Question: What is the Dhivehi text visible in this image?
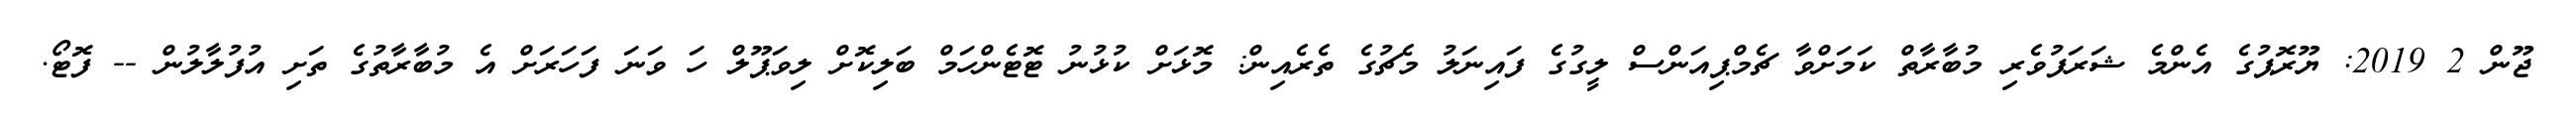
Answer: ޖޫން 2 2019: ޔޫރޮޕުގެ އެންމެ ޝަރަފުވެރި މުބާރާތް ކަމަށްވާ ޗެމްޕިއަންސް ލީގުގެ ފައިނަލު މެޗުގެ ތެރެއިން: މޮޅަށް ކުޅުނު ޓޮޓެންހަމް ބަލިކޮށް ލިވަޕޫލް ހަ ވަނަ ފަހަރަށް އެ މުބާރާތުގެ ތަށި އުފުލާލުން -- ފޮޓޯ.